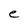
Character: e